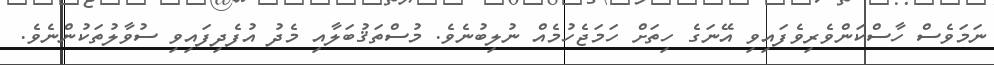
ނަމަވެސް ހާސްކަންވެރިވެފައިވި އޭނަގެ ހިތަށް ހަމަޖެހުމެއް ނުލިބުނެވެ. މުސްތަޤުބަލާއި މެދު އުފެދިފައިވި ސުވާލުތަކުންނެވެ.